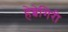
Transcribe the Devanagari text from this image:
हेब्बेगिरी